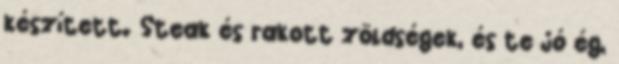
készített. Steak és rakott zöldségek, és te jó ég,